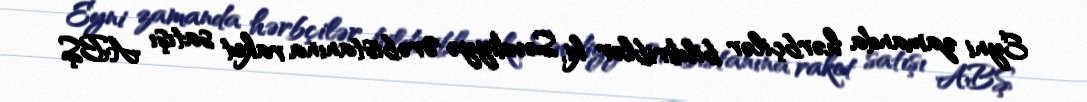
Eyni zamanda hərbçilər bildiriblər ki, Səudiyyə Ərəbistanına raket satışı ABŞ